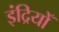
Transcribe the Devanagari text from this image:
इंद्रियोँ